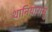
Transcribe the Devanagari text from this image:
थानियारासु